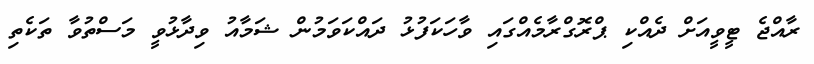
ރާއްޖެ ޓީވީއަށް ދެއްކި ޕްރޮގްރާމެއްގައި ވާހަކަފުޅު ދައްކަވަމުން ޝަމާއު ވިދާޅުވީ މަސްތުވާ ތަކެތި